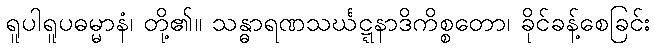
ရူပါရူပဓမ္မာနံ၊ တို့၏။ သန္ဓာရဏသင်္ဃဋ္ဋနာဒိကိစ္စတော၊ ခိုင်ခန့်စေခြင်း